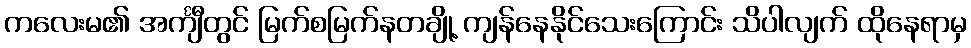
ကလေးမ၏ အင်္ကျီတွင် မြက်စမြက်နတချို့ ကျန်နေနိုင်သေးကြောင်း သိပါလျက် ထိုနေရာမှ